Annual report of the Imperial Bacteriologist
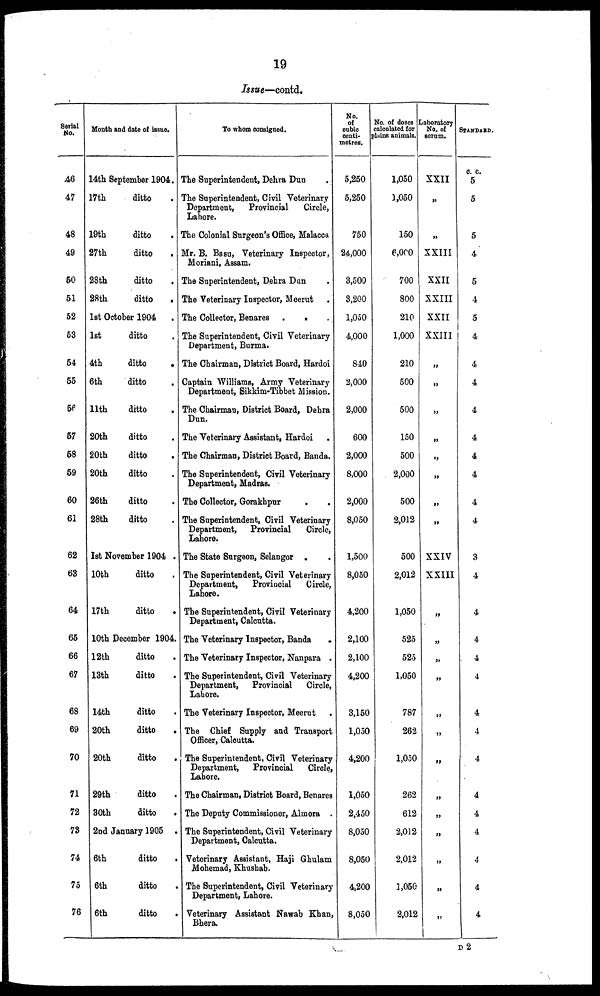
19
Issue—contd.
Serial
No.
46
47
48
49
50
51
52
53
54
55
56
57
58
59
60
61
62
63
64
65
66
67
68
69
70
71
72
73
74
75
76
Month and date of issue.
14th September 1904.
17th
ditto
19th
ditto
27th
ditto
28th
ditto
28th
ditto
1st October 1904
1st
ditto
4th
ditto
.
6th
ditto
11th
ditto
20th
ditto
20th
ditto
20th
ditto
26th
ditto
28th
ditto
1st November 1904 .
10th
ditto
17th
ditto
10th December 1904.
12th
ditto
13th
ditto
14th
ditto
20th
ditto
20th
ditto
29th
ditto
30th
ditto
2nd January 1905 .
6th
ditto
6th
ditto
6th
ditto
To whom consigned.
The Superintendent, Dehra Dun .
The Superintendent, Civil Veterinary
Department,
Provincial
Circle,
Lahore.
The Colonial Surgeon's Office, Malacca
Mr. B. Basu, Veterinary Inspector,
Moriani, Assam.
The Superintendent, Dehra Dun
The Veterinary Inspector, Meerut
The Collector, Benares .
.
The Superintendent, Civil Veterinary
Department, Burma.
The Chairman, District Board, Hardoi
Captain Williams, Army Veterinary
Department, Sikkim-Tibbet Mission.
The Chairman, District Board, Dehra
Dun.
The Veterinary Assistant, Hardoi
The Chairman, District Board, Banda.
The Superintendent, Civil Veterinary
Department, Madras.
The Collector, Gorakhpur
The Superintendent, Civil Veterinary
Department, Provincial
Circle,
Lahore.
The State Surgeon, Selangor .
The Superintendent, Civil Veterinary
Department,
Provincial
Circle,
Lahore.
The Superintendent, Civil Veterinary
Department, Calcutta.
The Veterinary Inspector, Banda
The Veterinary Inspector, Nanpara .
The Superintendent, Civil Veterinary
Department, Provincial
Circle,
Lahore.
The Veterinary Inspector, Meerut
The Chief Supply and Transport
Officer, Calcutta.
The Superintendent, Civil Veterinary
Department, Provincial
Circle,
Lahore.
The Chairman, District Board, Benares
The Deputy Commissioner, Almora .
The Superintendent, Civil Veterinary
Department, Calcutta.
Veterinary Assistant, Haji Ghulam
Mohemad, Khusbab.
The Superintendent, Civil Veterinary
Department, Lahore.
Veterinary Assistant Nawab Khan,
Bhera.
No.
of
cubic
centi¬
metres.
5,250
5,250
750
24,000
3,500
3,200
1,050
4,000
840
2,000
2,000
600
2,000
8,000
2,000
8,050
1,500
8,050
4,200
2,100
2,100
4,200
3,150
1,050
4,200
1,050
2,450
8,050
8,050
4,200
8,050
No. of doses
calculated for
plains animals.
1,050
1,050
150
6,000
700
800
210
1,000
210
500
500
150
500
2,000
500
2,012
500
2,012
1,050
525
525
1,050
787
262
1,050
262
612
2,012
2,012
1,050
2,012
Laboratory
No. of
serum.
XXII
„
„
XXIII
XXII
XXIII
XXII
XXIII
„
„
„
„
„
„
„
„
XXIV
XXIII
„
„
„
„
„
„
„
„
„
„
„
„
„
STANDARD
c. c.
5
5
5
4
5
4
5
4
4
4
4
4
4
4
4
4
3
4
4
4
4
4
4
4
4
4
4
4
4
4
4
D